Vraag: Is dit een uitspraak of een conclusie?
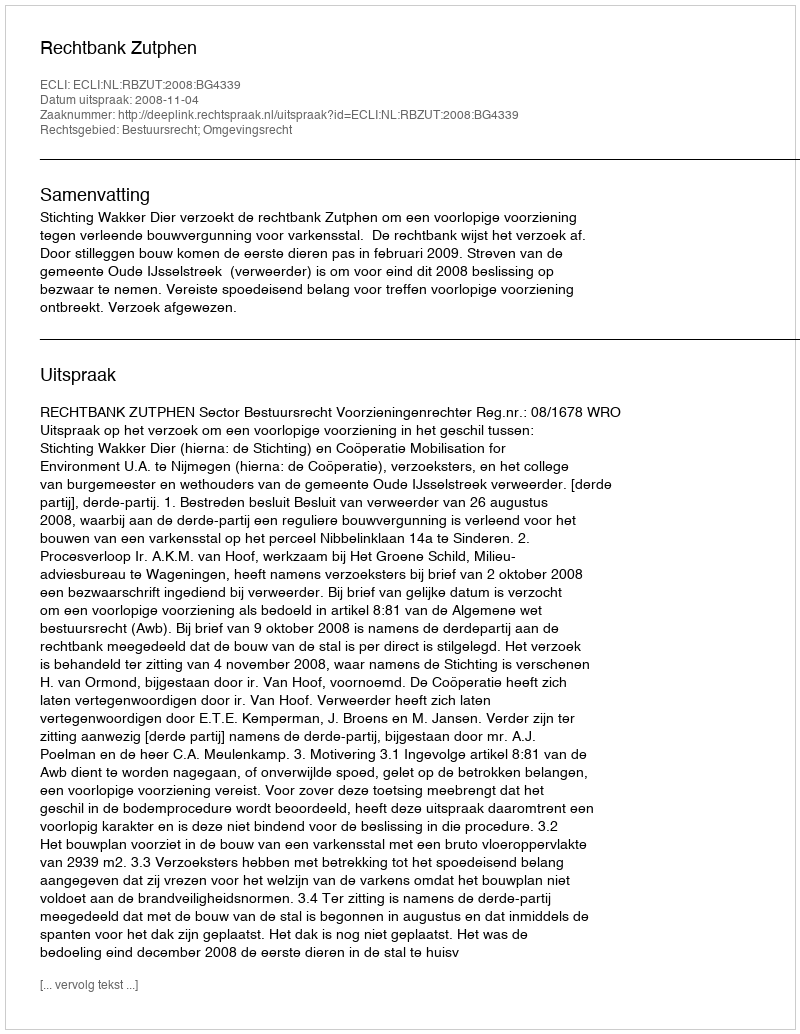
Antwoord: Uitspraak